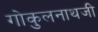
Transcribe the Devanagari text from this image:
गोकुलनाथजी